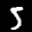
Label: 5